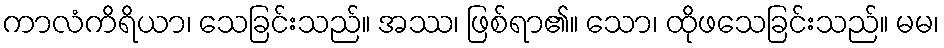
ကာလံကိရိယာ၊ သေခြင်းသည်။ အဿ၊ ဖြစ်ရာ၏။ သော၊ ထိုဖသေခြင်းသည်။ မမ၊